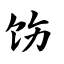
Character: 饬